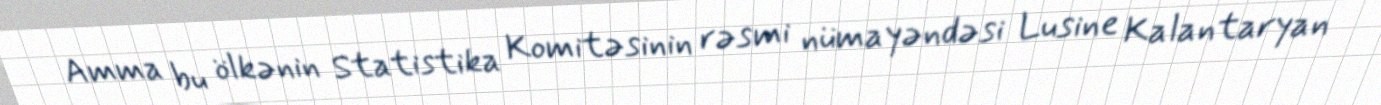
Amma bu ölkənin Statistika Komitəsinin rəsmi nümayəndəsi Lusine Kalantaryan